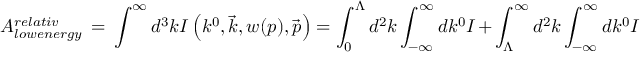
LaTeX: { \cal { A } } _ { l o w e n e r g y } ^ { r e l a t i v } \, = \, \int ^ { \infty } d ^ { 3 } k I \left( k ^ { 0 } , \vec { k } , w ( p ) , \vec { p } \right) = \int _ { 0 } ^ { \Lambda } d ^ { 2 } k \int _ { - \infty } ^ { \infty } d k ^ { 0 } I + \int _ { \Lambda } ^ { \infty } d ^ { 2 } k \int _ { - \infty } ^ { \infty } d k ^ { 0 } I